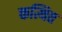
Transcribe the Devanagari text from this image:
कत्थित